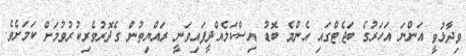
ވިދާޅުވީ އަންނަ އަހަރުގެ ބަޖެޓްގައި އެންމެ ބޮޑު އިސްކަމެއްދީފައިވަނީ ރައްޔިތުން ގެދޮރުވެރިކުރުވުމަށް ކަމަށެވެ.